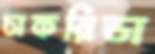
চাকরিডা